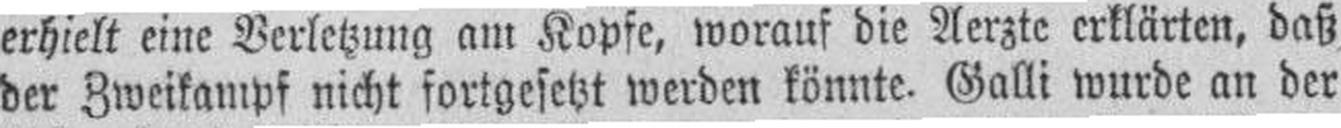
der Zweikampf nicht fortgesetzt werden könnte. Galli wurde an der